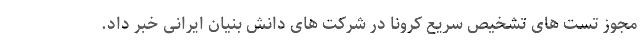
مجوز تست های تشخیص سریع کرونا در شرکت های دانش بنیان ایرانی خبر داد.